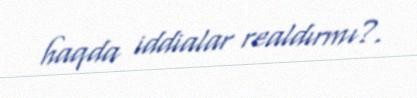
haqda iddialar realdırmı?.